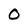
Character: 0